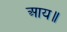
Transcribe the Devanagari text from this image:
आय॥